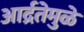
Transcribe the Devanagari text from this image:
आर्द्रतेमुळे